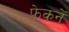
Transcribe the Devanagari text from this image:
फेकनें